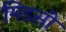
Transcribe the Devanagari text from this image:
मिडसी